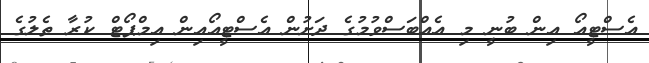
އެސްޓީއޯ އިން ބުނީ މި އެއްބަސްވުމުގެ ދަށުން އެސްޓީއޯއިން އިމްޕޯޓް ކުރާ ތެލުގެ